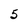
Character: 5